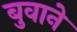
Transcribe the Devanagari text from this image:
बुवाने